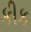
કીકૂ